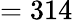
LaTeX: =314